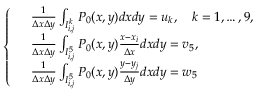
\begin{array} { r } { \left\{ \begin{array} { r l } & { \frac { 1 } { \Delta x \Delta y } \int _ { I _ { i , j } ^ { k } } P _ { 0 } ( x , y ) d x d y = u _ { k } , \quad k = 1 , \dots , 9 , } \\ & { \frac { 1 } { \Delta x \Delta y } \int _ { I _ { i , j } ^ { 5 } } P _ { 0 } ( x , y ) \frac { x - x _ { i } } { \Delta x } d x d y = v _ { 5 } , } \\ & { \frac { 1 } { \Delta x \Delta y } \int _ { I _ { i , j } ^ { 5 } } P _ { 0 } ( x , y ) \frac { y - y _ { j } } { \Delta y } d x d y = w _ { 5 } } \end{array} \right. } \end{array}